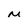
Character: M